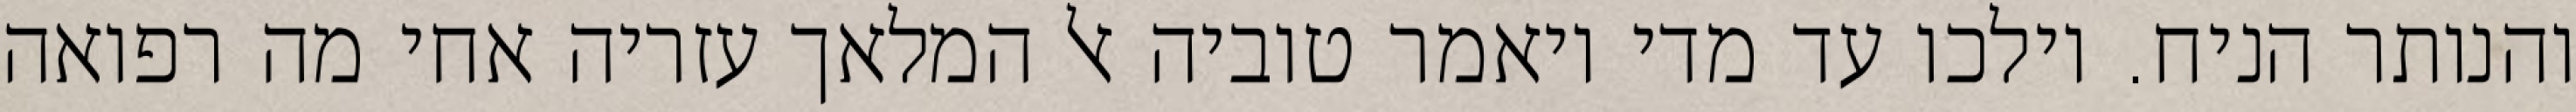
והנותר הניח. וילכו עד מדי ויאמר טוביה אל המלאך עזריה אחי מה רפואה